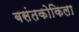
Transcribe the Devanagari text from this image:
बसंतकोकिला